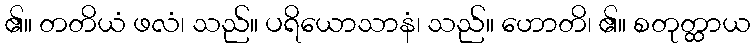
၏။ တတိယံ ဖလံ၊ သည်။ ပရိယောသာနံ၊ သည်။ ဟောတိ၊ ၏။ စတုတ္ထာယ